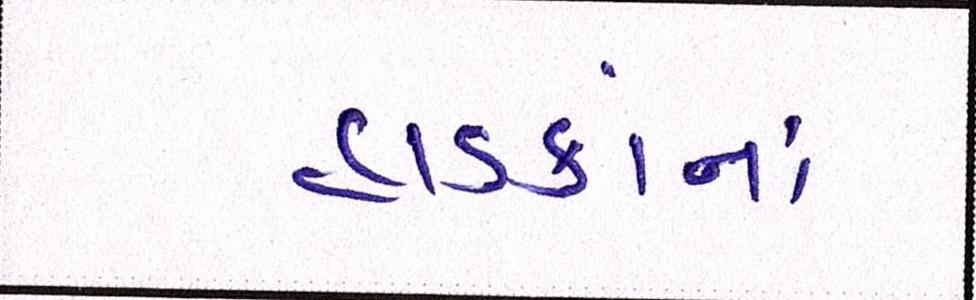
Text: હાડકાંના